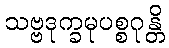
သဗ္ဗဒုက္ခမုပစ္စဂုန္တိ